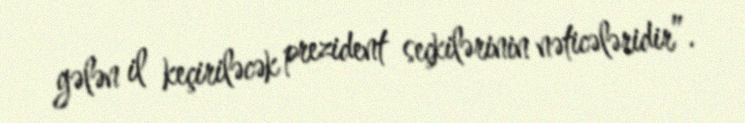
gələn il keçiriləcək prezident seçkilərinin nəticələridir”.